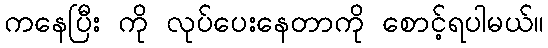
ကနေပြီး ကို လုပ်ပေးနေတာကို စောင့်ရပါမယ်။